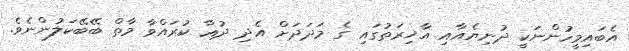
އެބައިމީހުންނަކީ ދުނިޔެއާއި އާޚިރަތުގައި ގެ މަދަދަށް އެދި ދުޢާ ކުރައްވާ މާތް ބޭބޭކަލުންނެވެ.